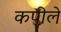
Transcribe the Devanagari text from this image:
कपीले